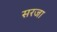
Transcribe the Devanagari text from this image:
सरजा